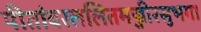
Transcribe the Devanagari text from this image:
पीतांबरललितमज्जीरसुभगा